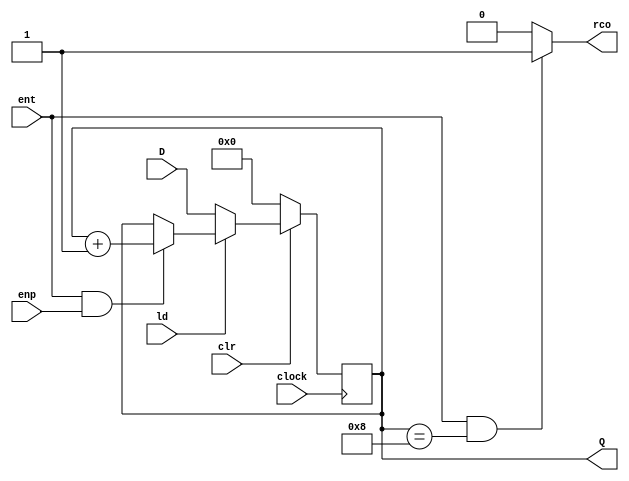
module contador_163 ( clock, clr, ld, ent, enp, D, Q, rco );
    input clock, clr, ld, ent, enp;
    input [3:0] D;
    output reg [3:0] Q;
    output reg rco;

	 initial begin
		Q = 4'd0;
    end
	 
    always @ (posedge clock)
        if (~clr)               Q <= 4'd0;
        else if (~ld)           Q <= D;
        else if (ent && enp)    Q <= Q + 1;
        else                    Q <= Q;
 
    always @ (Q or ent)
        if (ent && (Q == 4'd1000))   rco = 1;
        else                       rco = 0;
endmodule